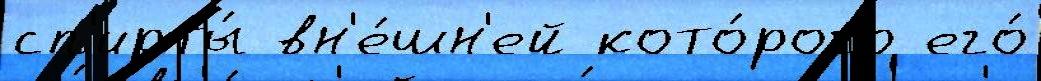
сп'ирты́ вн'е́шн'ей кото́рого его́